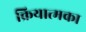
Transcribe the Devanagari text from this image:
क्रियात्मका